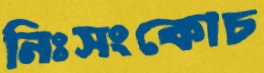
নিঃসংকোচ